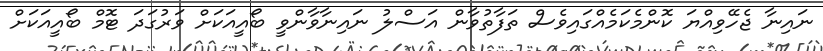
ނައިނާ ޖެހޭވިއްޔަ ކޮންމެކަމެއްގައިވެސް ތަފާތުވާން އަސްލު ނައިނާވާންވީ ބޯއީއަކަށް ވަރުގަދަ ޓޮމް ބޯއީއަކަށް